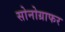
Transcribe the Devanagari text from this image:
सोनोग्राफर